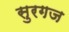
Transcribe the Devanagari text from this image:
सुरगज